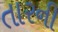
તારની